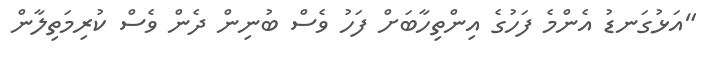
"އަޅުގަނޑު އެންމެ ފަހުގެ އިންތިހާބަށް ފަހު ވެސް ބުނިން ދެން ވެސް ކުރިމަތިލާން